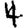
Digit: 4